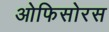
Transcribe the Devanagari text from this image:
ओफिसोरस